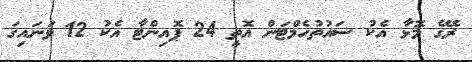
ރޭގެ މޮޅާ އެކު ސައުތުހެމްޓަން އޮތީ 24 ޕޮއިންޓާ އެކު 12 ވަނައިގަ